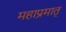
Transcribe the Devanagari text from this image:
महाप्रमातृ